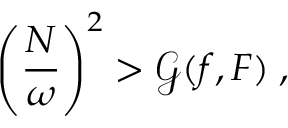
\left( \frac { N } { \omega } \right) ^ { 2 } > \mathcal { G } ( f , F ) \; ,